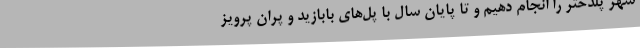
شهر پلدختر را انجام دهیم و تا پایان سال با پل‌های بابازید و پران پرویز